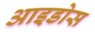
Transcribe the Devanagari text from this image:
आइडोस